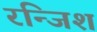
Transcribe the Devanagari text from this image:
रन्जिश